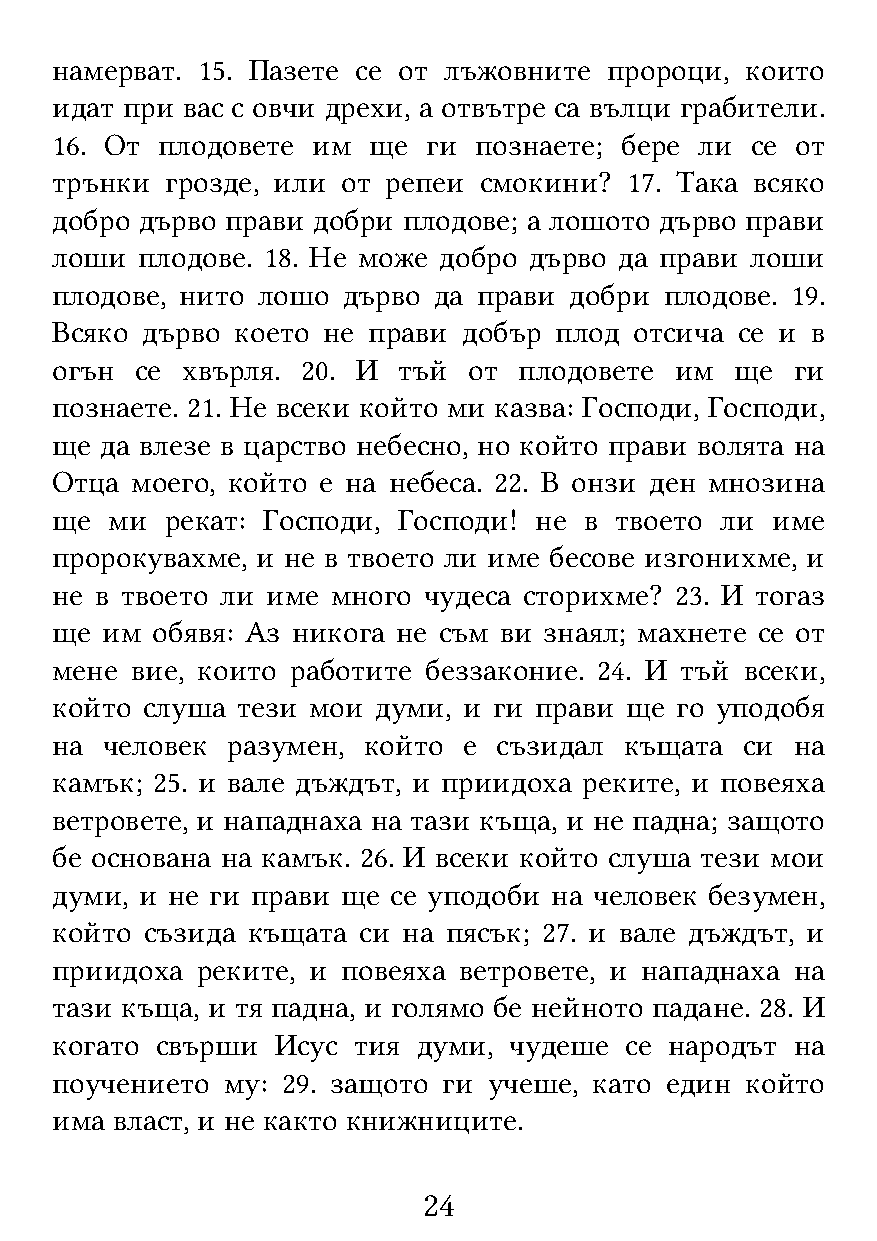
намерват. 15. Пазете се от лъжовните пророци, които
 идат при вас с овчи дрехи, а отвътре са вълци грабители.
 16. От плодовете  им ще  ги познаете; бере ли  се от
 трънки  грозде, или от репеи смокини?  17. Така всяко
 добро дърво прави добри плодове; а лошото дърво прави
 лоши  плодове. 18. Не може добро дърво да прави лоши
 плодове, нито лошо  дърво да прави добри плодове. 19.
 Всяко дърво  което не прави добър плод отсича се и в
 огън  се хвърля. 20. И тъй  от плодовете  им  ще  ги
 познаете. 21. Не всеки който ми казва: Господи, Господи,
 ще  да влезе в царство небесно, но който прави волята на
 Отца  моего, който е на небеса. 22. В онзи ден мнозина
 ще  ми  рекат: Господи, Господи! не в твоето ли име
 пророкувахме, и не в твоето ли име бесове изгонихме, и
 не в твоето ли име много чудеса сторихме? 23. И тогаз
 ще  им обявя: Аз никога не съм ви знаял; махнете се от
 мене  вие, които работите беззаконие. 24. И тъй всеки,
 който слуша  тези мои думи, и ги прави ще го уподобя
 на  человек разумен, който  е съзидал къщата  си  на
 камък; 25. и вале дъждът, и приидоха реките, и повеяха
 ветровете, и нападнаха на тази къща, и не падна; защото
 бе основана на камък. 26. И всеки който слуша тези мои
 думи, и не ги прави ще се уподоби на человек безумен,
 който  съзида къщата си на пясък; 27. и вале дъждът, и
 приидоха  реките, и повеяха ветровете, и нападнаха на
 тази къща, и тя падна, и голямо бе нейното падане. 28. И
 когато свърши  Исус тия  думи, чудеше се народът  на
 поучението  му: 29. защото ги учеше, като един който
 има власт, и не както книжниците.
 24